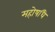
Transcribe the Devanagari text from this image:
महोषधि